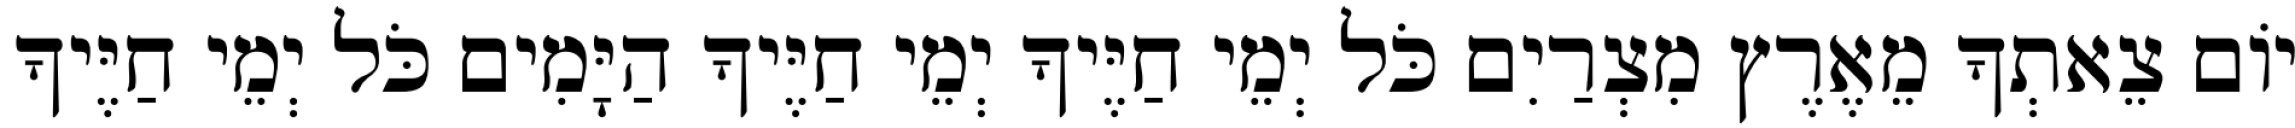
יוֹם צֵאתְךָ מֵאֶרֶץ מִצְרַיִם כֹּל יְמֵי חַיֶּיךָ יְמֵי חַיֶּיךָ הַיָּמִים כֹּל יְמֵי חַיֶּיךָ